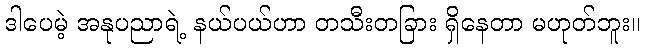
ဒါပေမဲ့ အနုပညာရဲ့ နယ်ပယ်ဟာ တသီးတခြား ရှိနေတာ မဟုတ်ဘူး။